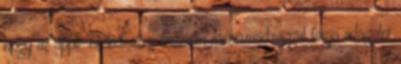
hogy az apple ezeket szep hosszan mezesmadzaggal fogja adagolni